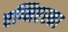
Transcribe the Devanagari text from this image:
एग्निएस्का